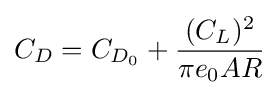
C_{D}=C_{D_{0}}+{\frac {(C_{L})^{2}}{\pi e_{0}AR}}